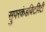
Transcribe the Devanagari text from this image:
सुपरकंडक्टिविटी